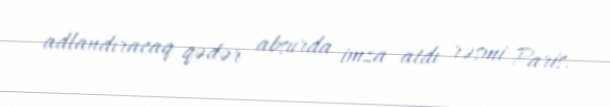
adlandıracaq qədər absurda imza atdı rəsmi Paris.